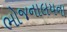
ભોજનાલયના